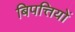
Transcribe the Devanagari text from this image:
बिपत्तियों